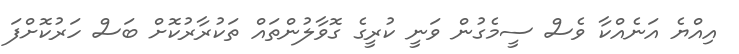
އިއްޔެ އަނެއްކާ ވެސް ސީމެގުން ވަނީ ކުރީގެ ގޮވާލުންތައް ތަކުރާރުކޮށް ބަސް ހަރުކޮށްފަ